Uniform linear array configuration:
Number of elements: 4
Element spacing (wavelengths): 0.75
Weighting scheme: binomial
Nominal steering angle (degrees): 0
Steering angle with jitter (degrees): -1.06
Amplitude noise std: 0.05
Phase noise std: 0.05

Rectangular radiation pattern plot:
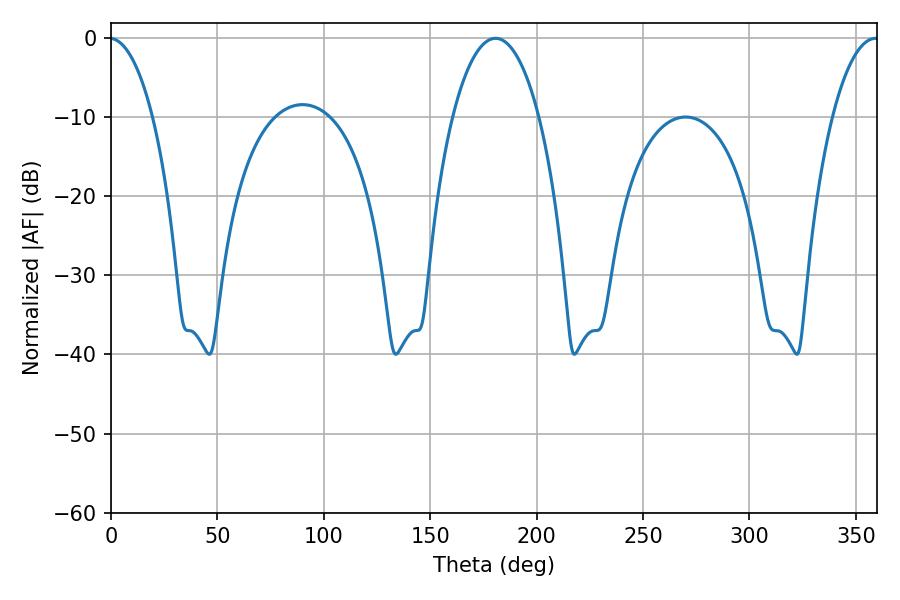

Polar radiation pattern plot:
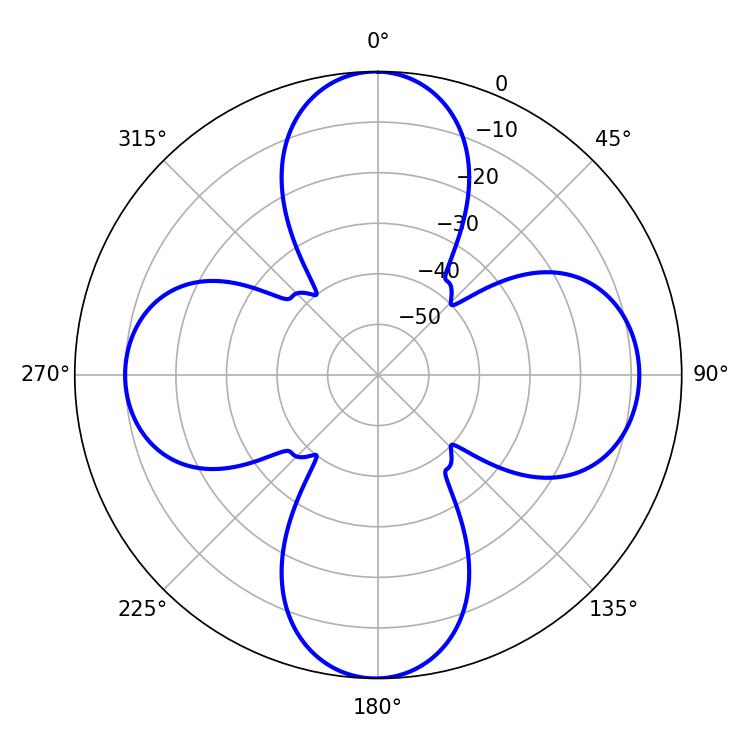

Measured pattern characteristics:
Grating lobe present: TRUE
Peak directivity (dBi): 20.23
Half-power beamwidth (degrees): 22.68
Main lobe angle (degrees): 180.72